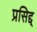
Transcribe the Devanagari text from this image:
प्रसिद्द्